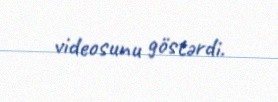
videosunu göstərdi.